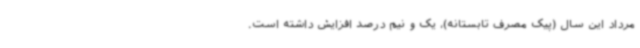
مرداد این سال (پیک مصرف تابستانه)، یک و نیم درصد افزایش داشته است.